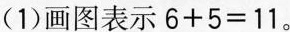
(1)画图表示$$6 + 5 = 1 1$$。